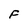
Character: F